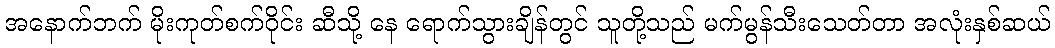
အနောက်ဘက် မိုးကုတ်စက်ဝိုင်း ဆီသို့ နေ ရောက်သွားချိန်တွင် သူတို့သည် မက်မွန်သီးသေတ်တာ အလုံးနှစ်ဆယ်